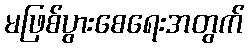
မဖြစ်ပွားစေရေးအတွက်